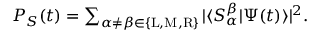
\begin{array} { r } { P _ { S } ( t ) = \sum _ { \alpha \neq \beta \in \{ \mathrm { L } , \mathrm { M } , \mathrm { R } \} } | \langle S _ { \alpha } ^ { \beta } | \Psi ( t ) \rangle | ^ { 2 } . } \end{array}